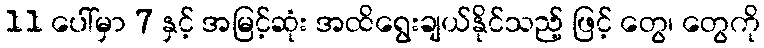
11 ပေါ်မှာ 7 နှင့် အမြင့်ဆုံး အထိရွေးချယ်နိုင်သည့် ဖြင့် တွေ၊ တွေကို